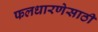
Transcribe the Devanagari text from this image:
फलधारणेसाठी